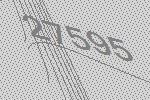
27595